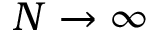
N \to \infty